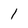
Character: l